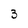
Character: 3